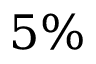
5 \%